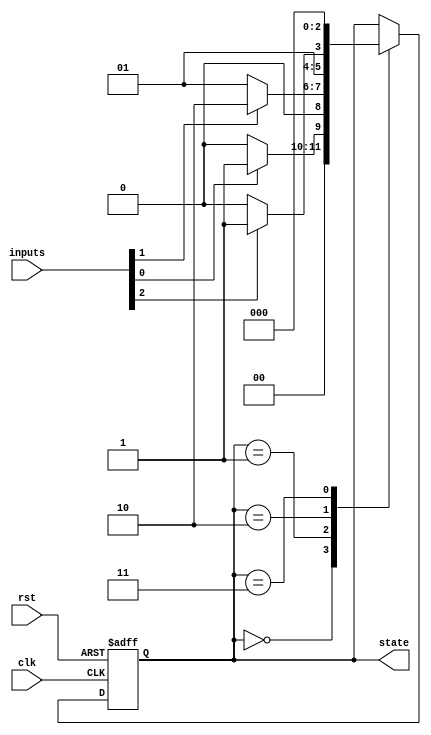
module state_machine (
    input rst,
    input [2:0] inputs,
    input clk,
    output reg [2:0] state
);

// State encoding
parameter STATE_A = 3'b000;
parameter STATE_B = 3'b001;
parameter STATE_C = 3'b010;
parameter STATE_D = 3'b011;

// State machine logic
always @ (posedge clk or posedge rst) begin
    if (rst) begin
        state <= STATE_A;
    end else begin
        case(state)
            STATE_A: begin
                if (inputs[0] == 1'b1) begin
                    state <= STATE_B;
                end else begin
                    state <= STATE_A;
                end
            end
            STATE_B: begin
                if (inputs[1] == 1'b1) begin
                    state <= STATE_C;
                end else begin
                    state <= STATE_B;
                end
            end
            STATE_C: begin
                if (inputs[2] == 1'b1) begin
                    state <= STATE_D;
                end else begin
                    state <= STATE_C;
                end
            end
            STATE_D: begin
                state <= STATE_A;
            end
        endcase
    end
end

endmodule